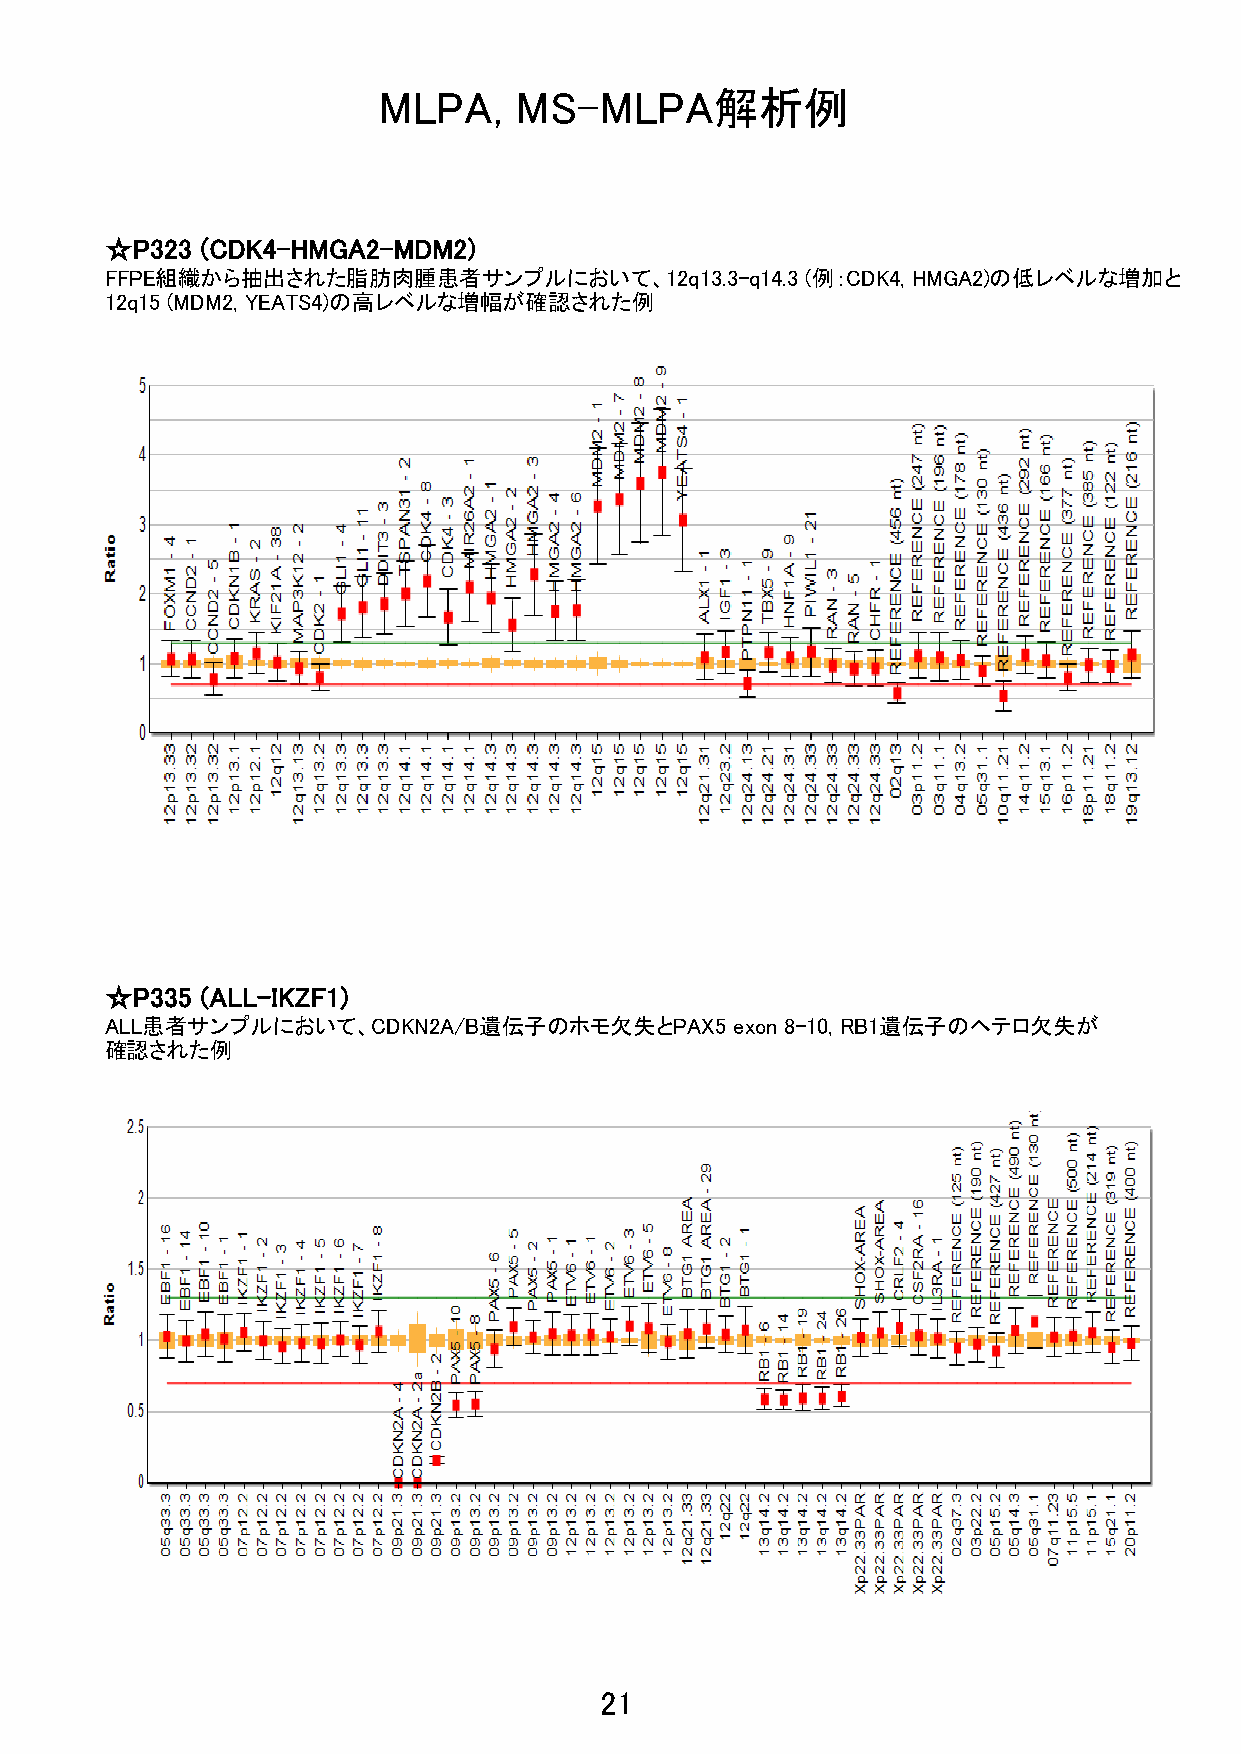
MLPA,    MS-MLPA解析例
 ☆P323 (CDK4-HMGA2-MDM2)
 FFPE組織から抽出された脂肪肉腫患者サンプルにおいて、12q13.3-q14.3     (例：CDK4, HMGA2)の低レベルな増加と
 12q15 (MDM2, YEATS4)の高レベルな増幅が確認された例
 ☆P335 (ALL-IKZF1)
 ALL患者サンプルにおいて、CDKN2A/B遺伝子のホモ欠失とPAX5       exon 8-10, RB1遺伝子のヘテロ欠失が
 確認された例
 21